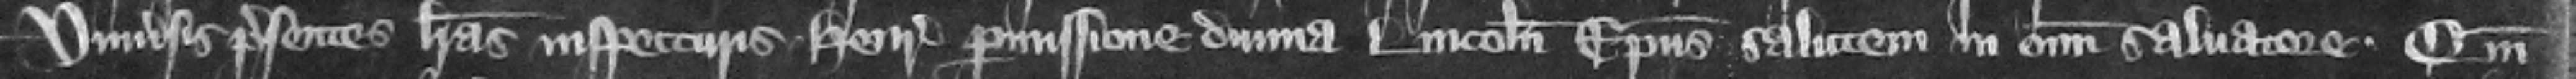
Vniuersis presentes litteras inspecturis Henricus permission diuina Lincolniensis episcopus salutem in omnium Saluatore. Quoniam